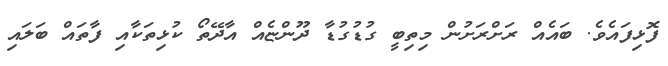
ފޮޅިފައެވެ. ބައެއް ރަށްރަށުން މިތިބީ ގުޑުގުޑާ ދޫންޏެއް އާދޭތޯ ކުޅިތަކާއި ފާތައް ބަލައި